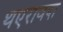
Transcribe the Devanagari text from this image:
थएरावदा